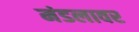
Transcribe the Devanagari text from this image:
मंडलावर